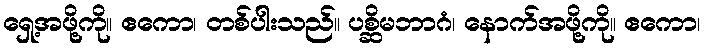
ရှေ့အဖို့ကို။ ဧကော၊ တစ်ပါးသည်။ ပစ္ဆိမဘာဂံ၊ နောက်အဖို့ကို။ ဧကော၊